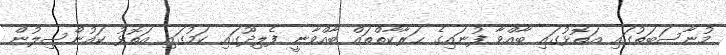
މުނާސަބަތުގައި އަތޮޅުގައި ބާއްވާ ފުނައިގެ ޙަރާކާތްތައް ބާއްވާނީ ފެލިދޫގައި ކަމުގައި އަތޮޅު ކައުންސިލުން